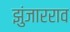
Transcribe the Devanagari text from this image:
झुंजारराव